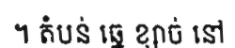
។ តំបន់ ឆ្នេ ខ្សាច់ នៅ